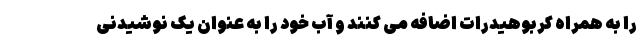
را به همراه کربوهیدرات اضافه می کنند و آب خود را به عنوان یک نوشیدنی